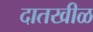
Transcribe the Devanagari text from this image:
दातखीळ